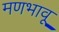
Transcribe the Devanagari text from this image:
मणभावू